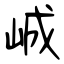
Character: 峸